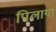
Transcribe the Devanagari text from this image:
पिलाया